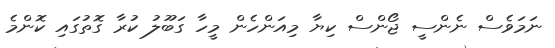
ނަމަވެސް ނެންސީ ޖޯންސް ކިޔާ މިއަންހެން މީހާ ގަބޫލު ކުރާ ގޮތުގައި ކޮންމެ